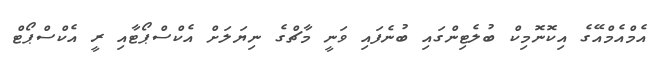
އެމްއެމްއޭގެ އިކޮނޮމިކް ބުލެޓިންގައި ބުނެފައި ވަނީ މާޗްގެ ނިޔަލަށް އެކްސްޕޯޓާއި ރީ އެކްސްޕޯޓް